Leningradi_Edasi_toimetus, lk 21
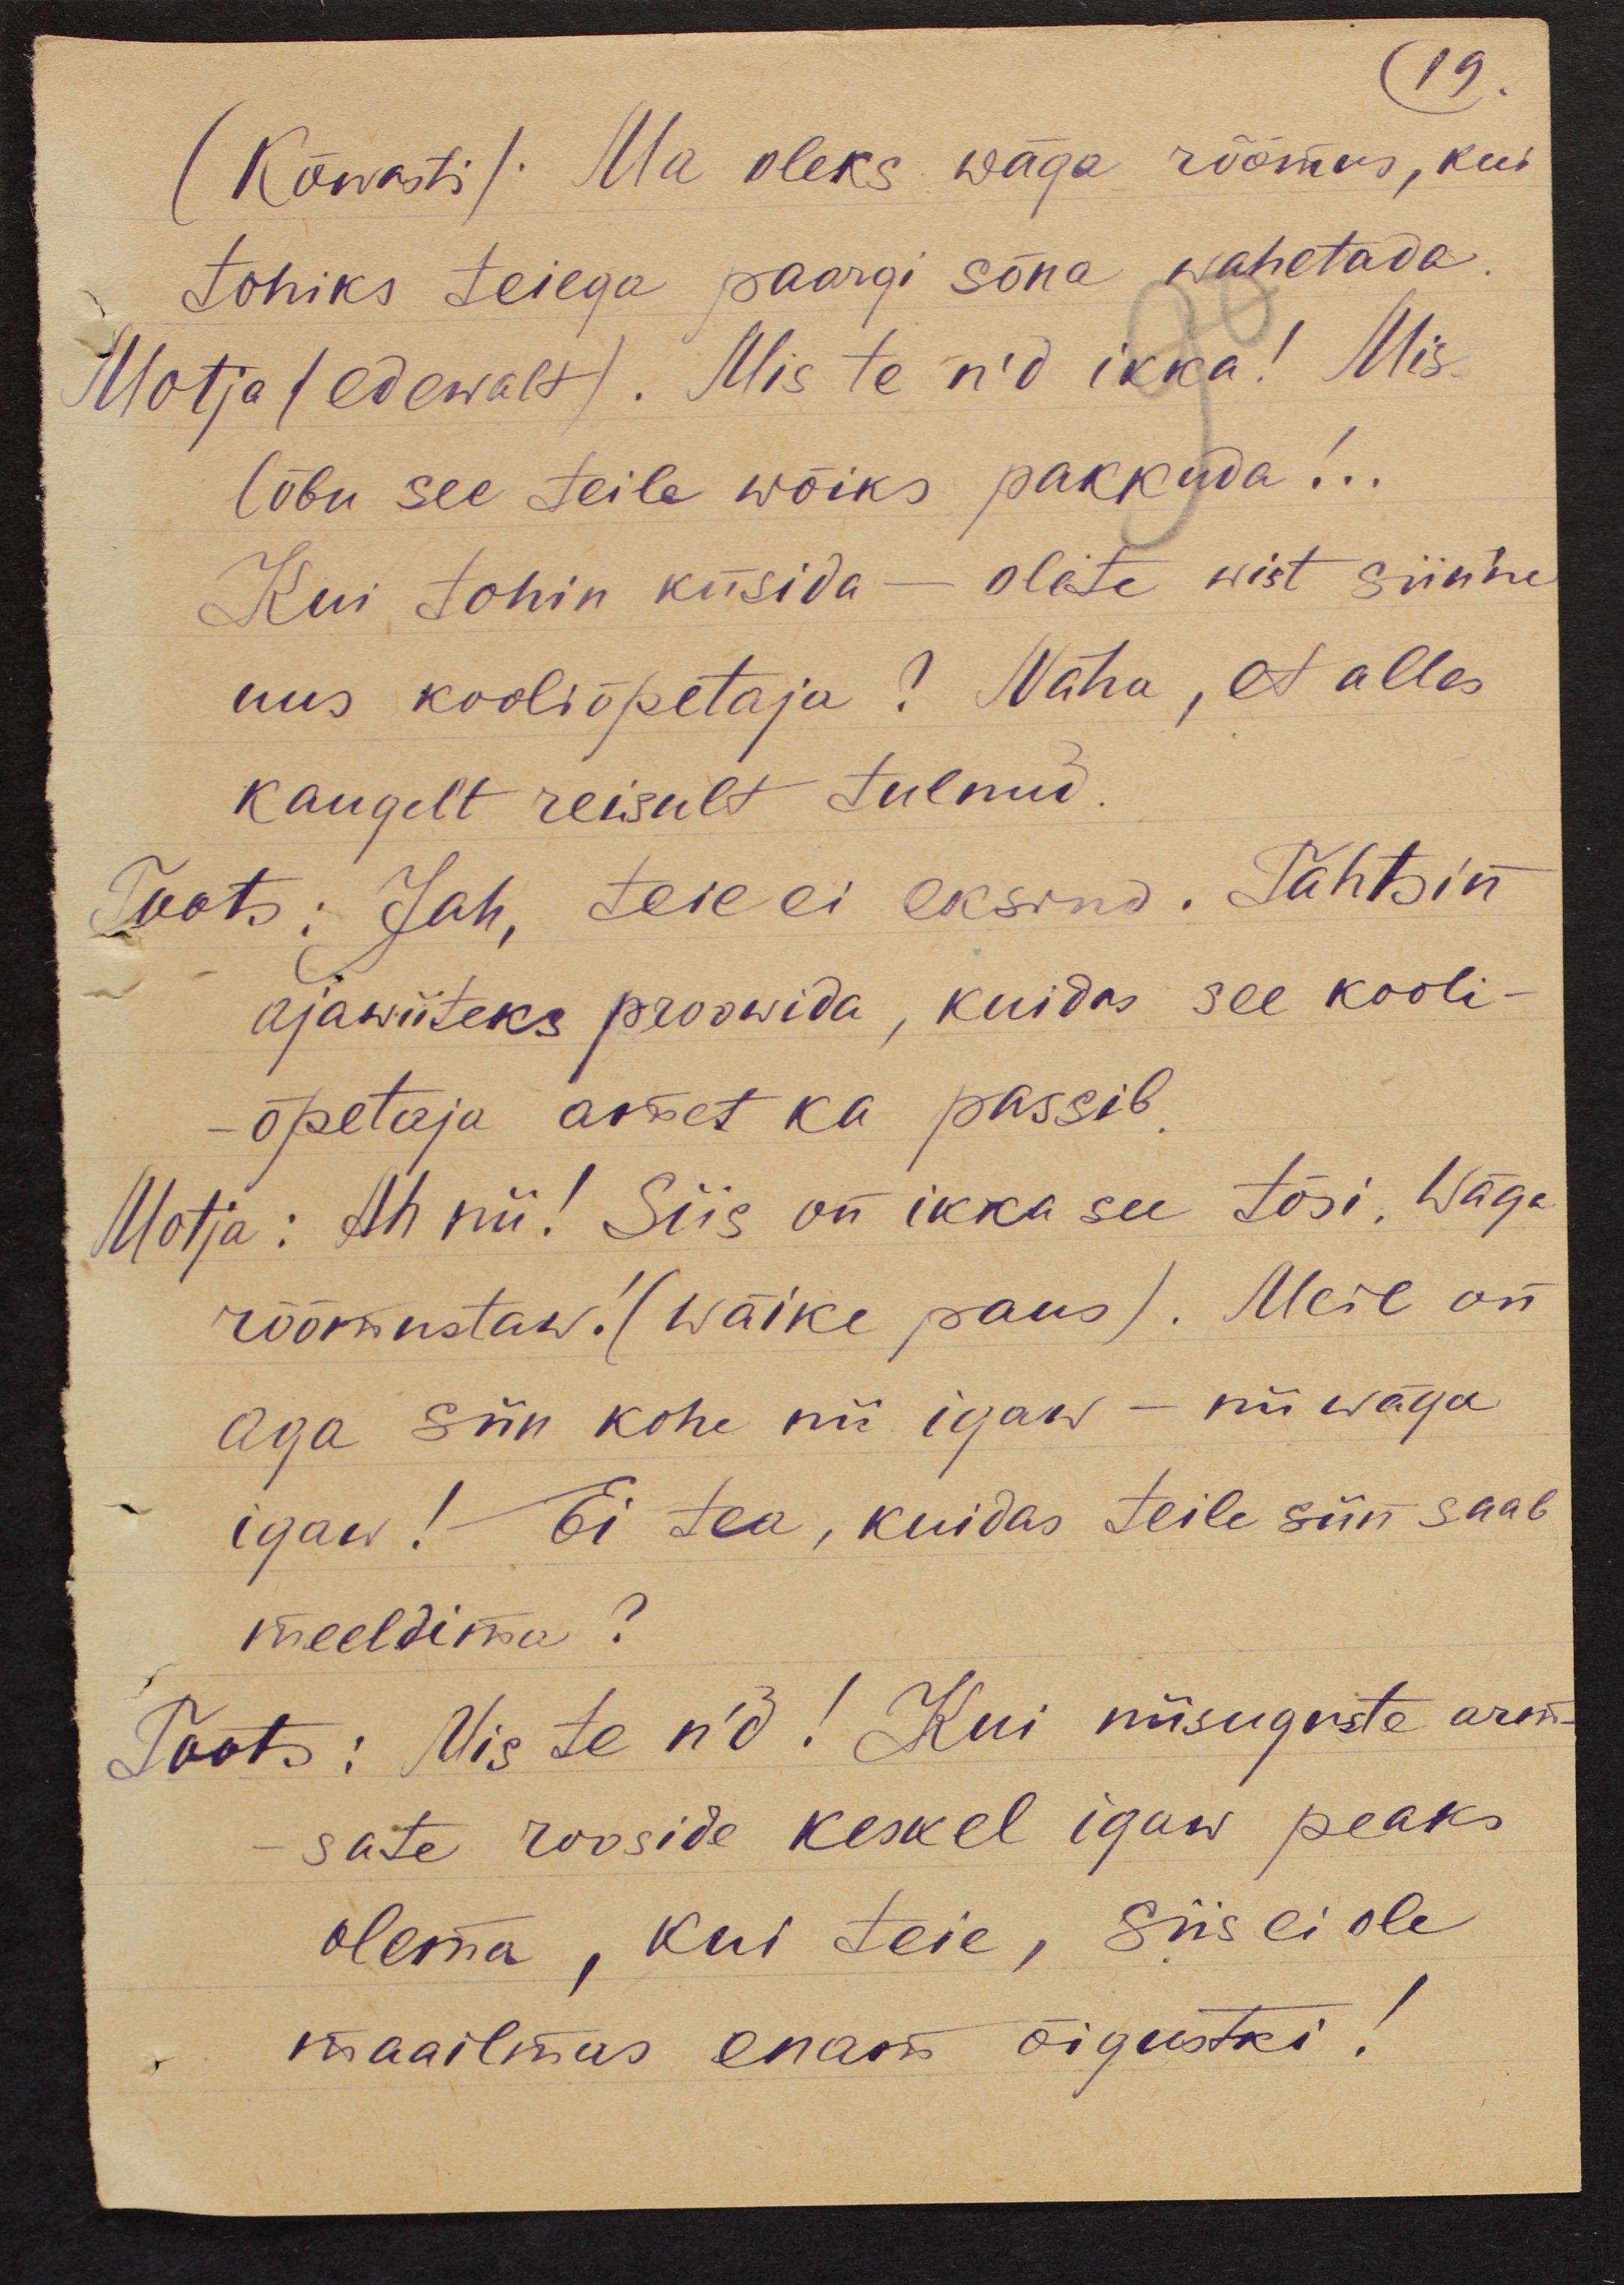
19.
(Kõwasti). Ma oleks wäga rõõmus, kui
tohiks teiega paargi sõna wahetada
Motja (edewalt). Mis te n'd ikka! Mis
lõbu see teile wõiks pakkuda!..
Kui tohin küsida - olite wist siinne
uus kooliõpetaja? Näha, et alles
kaugelt reisult tulnud.
Toots: Jah, teie ei eksind. Tahtsin
ajawiiteks proowida, kuidas see kooli-
õpetaja amet ka passib
Motja: Ah nii! Siis on ikka see tõsi. Wäga
rõõmustaw! ( Wäike paus). Meil on
aga siin kohe nii igaw - nii wäga
igaw! Ei tea, kuidas teile siin saab
meeldima?
Toots: Mis te n'd! Kui niisuguste arm-
sate rooside keskel igaw peaks
olema, kui teie, siis ei ole
maailmas enam õigustki!